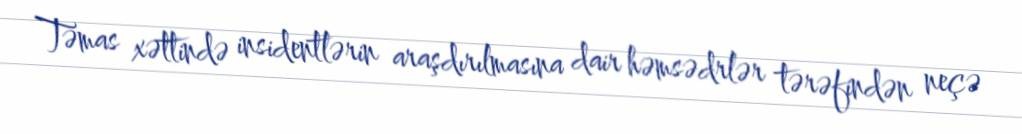
Təmas xəttində insidentlərin araşdırılmasına dair həmsədrlər tərəfindən neçə